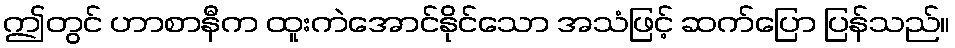
ဤတွင် ဟာစာနီက ထူးကဲအောင်နိုင်သော အသံဖြင့် ဆက်ပြော ပြန်သည်။